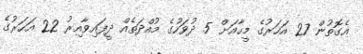
އެގޮތުން 27 އަހަރުގެ މީހާއަށް 5 ދުވަހުގެ މުއްދަތެއް ދީފައިވާއިރު 22 އަހަރުގެ